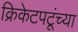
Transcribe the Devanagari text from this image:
क्रिकेटपटूंच्या